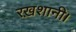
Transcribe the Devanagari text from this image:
रख़शानी।